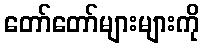
တော်တော်များများကို